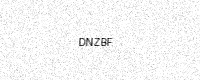
Text: DNZBF